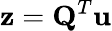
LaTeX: \mathbf{z}=\mathbf{Q}^{T}\mathbf{u}